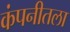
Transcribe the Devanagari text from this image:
कंपनीतला